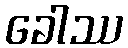
ခေါဿ